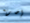
إضربه